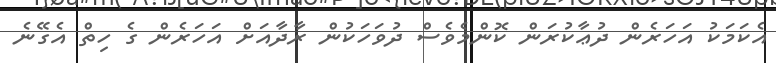
އެކަމަކު އަހަރެން ދުޢާކުރަން ކޮންމެވެސް ދުވަހަކުން ރާދާއަށް އަހަރެން ގެ ހިތް އެގޭނެ